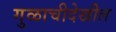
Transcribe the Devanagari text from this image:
गुळाचीदेखील